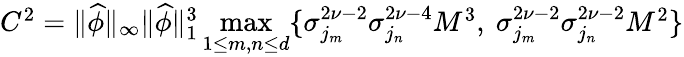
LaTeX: \begin{array}{r}{C^{2}=\| \widehat{\phi}\| _{\infty}\| \widehat{\phi}\| _{1}^{3}\underset{1\leq m,n\leq d}{\operatorname*{max}}\{ \sigma_{j_{m}}^{2\nu-2}\sigma_{j_{n}}^{2\nu-4}M^{3},\ \sigma_{j_{m}}^{2\nu-2}\sigma_{j_{n}}^{2\nu-2}M^{2}\} }\end{array}